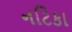
નટિકા